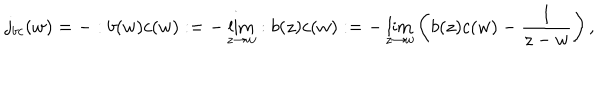
LaTeX: j _ { b c } ( w ) = - : b ( w ) c ( w ) : = - \lim _ { z \to w } : b ( z ) c ( w ) : = - \lim _ { z \to w } \left( b ( z ) c ( w ) - \frac { 1 } { z - w } \right) ,